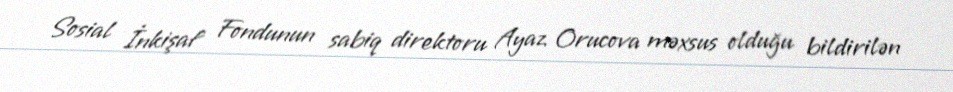
Sosial İnkişaf Fondunun sabiq direktoru Ayaz Orucova məxsus olduğu bildirilən